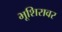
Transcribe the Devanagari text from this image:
भूशिरावर